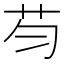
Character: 𱽏